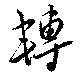
転